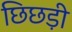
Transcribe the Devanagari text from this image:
छिछड़ी